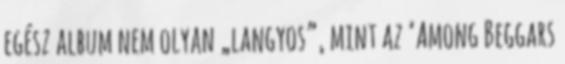
egész album nem olyan „langyos”, mint az ’Among Beggars